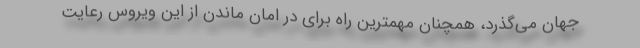
جهان می‌گذرد، همچنان مهمترین راه برای در امان ماندن از این ویروس رعایت